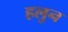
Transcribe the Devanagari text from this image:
हलुन